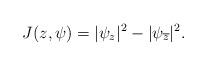
LaTeX: \begin{align*}J(z,\psi)=|\psi_z|^2-|\psi_{\overline{z}}|^2.\end{align*}